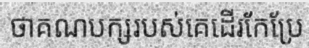
ថាគណបក្សរបស់គេដើរកែប្រែ